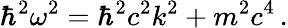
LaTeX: \hbar^{2}\omega^{2}=\hbar^{2}c^{2}k^{2}+m^{2}c^{4}\, .